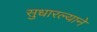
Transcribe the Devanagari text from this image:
सुधारल्याने